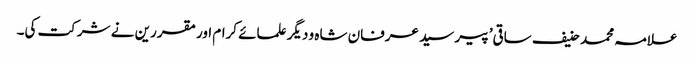
علامہ محمد حنیف ساقی’ پیر سید عرفان شاہ و دیگر علمائے کرام اور مقررین نے شرکت کی۔